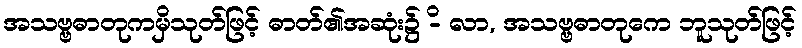
အသဗ္ဗဓာတုကမှိသုတ်ဖြင့် ဓာတ်၏အဆုံး၌ -ိ လာ, အသဗ္ဗဓာတုကေ ဘူသုတ်ဖြင့်